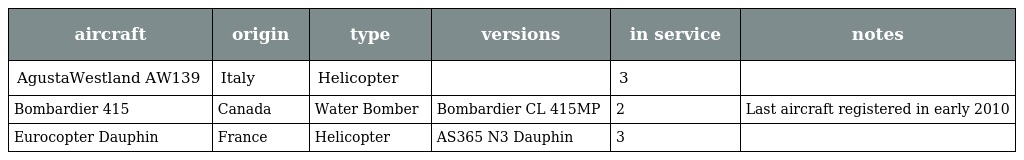
| aircraft | origin | type | versions | in service | notes |
 | --- | --- | --- | --- | --- | --- |
 | AgustaWestland AW139 | Italy | Helicopter |  | 3 |  |
 | Bombardier 415 | Canada | Water Bomber | Bombardier CL 415MP | 2 | Last aircraft registered in early 2010 |
 | Eurocopter Dauphin | France | Helicopter | AS365 N3 Dauphin | 3 |  |